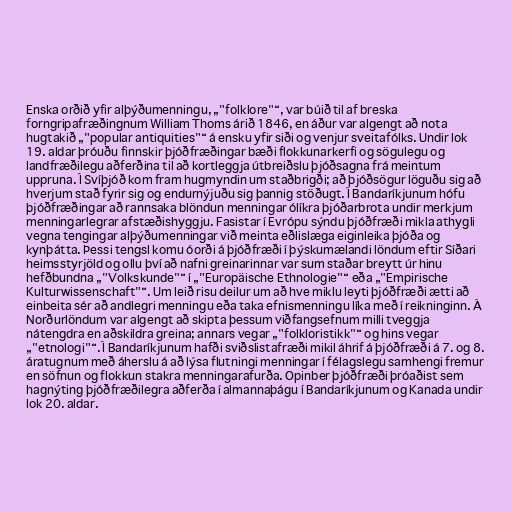
Enska orðið yfir alþýðumenningu, „"folklore"“, var búið til af breska
forngripafræðingnum William Thoms árið 1846, en áður var algengt að nota
hugtakið „"popular antiquities"“ á ensku yfir siði og venjur sveitafólks. Undir lok
19. aldar þróuðu finnskir þjóðfræðingar bæði flokkunarkerfi og sögulegu og
landfræðilegu aðferðina til að kortleggja útbreiðslu þjóðsagna frá meintum
uppruna. Í Svíþjóð kom fram hugmyndin um staðbrigði; að þjóðsögur löguðu sig að
hverjum stað fyrir sig og endurnýjuðu sig þannig stöðugt. Í Bandaríkjunum hófu
þjóðfræðingar að rannsaka blöndun menningar ólíkra þjóðarbrota undir merkjum
menningarlegrar afstæðishyggju. Fasistar í Evrópu sýndu þjóðfræði mikla athygli
vegna tengingar alþýðumenningar við meinta eðlislæga eiginleika þjóða og
kynþátta. Þessi tengsl komu óorði á þjóðfræði í þýskumælandi löndum eftir Síðari
heimsstyrjöld og ollu því að nafni greinarinnar var sum staðar breytt úr hinu
hefðbundna „"Volkskunde"“ í „"Europäische Ethnologie"“ eða „"Empirische
Kulturwissenschaft"“. Um leið risu deilur um að hve miklu leyti þjóðfræði ætti að
einbeita sér að andlegri menningu eða taka efnismenningu líka með í reikninginn. Á
Norðurlöndum var algengt að skipta þessum viðfangsefnum milli tveggja
nátengdra en aðskildra greina; annars vegar „"folkloristikk"“ og hins vegar
„"etnologi"“. Í Bandaríkjunum hafði sviðslistafræði mikil áhrif á þjóðfræði á 7. og 8.
áratugnum með áherslu á að lýsa flutningi menningar í félagslegu samhengi fremur
en söfnun og flokkun stakra menningarafurða. Opinber þjóðfræði þróaðist sem
hagnýting þjóðfræðilegra aðferða í almannaþágu í Bandaríkjunum og Kanada undir
lok 20. aldar.